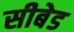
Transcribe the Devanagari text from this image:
सीबेड